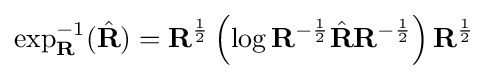
\exp _{\mathbf {R} }^{-1}({\hat {\mathbf {R} }})=\mathbf {R} ^{\frac {1}{2}}\left(\log \mathbf {R} ^{-{\frac {1}{2}}}{\hat {\mathbf {R} }}\mathbf {R} ^{-{\frac {1}{2}}}\right)\mathbf {R} ^{\frac {1}{2}}